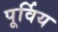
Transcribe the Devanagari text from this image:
पूर्विय